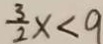
\frac { 3 } { 2 } x < 9